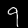
Digit: 9